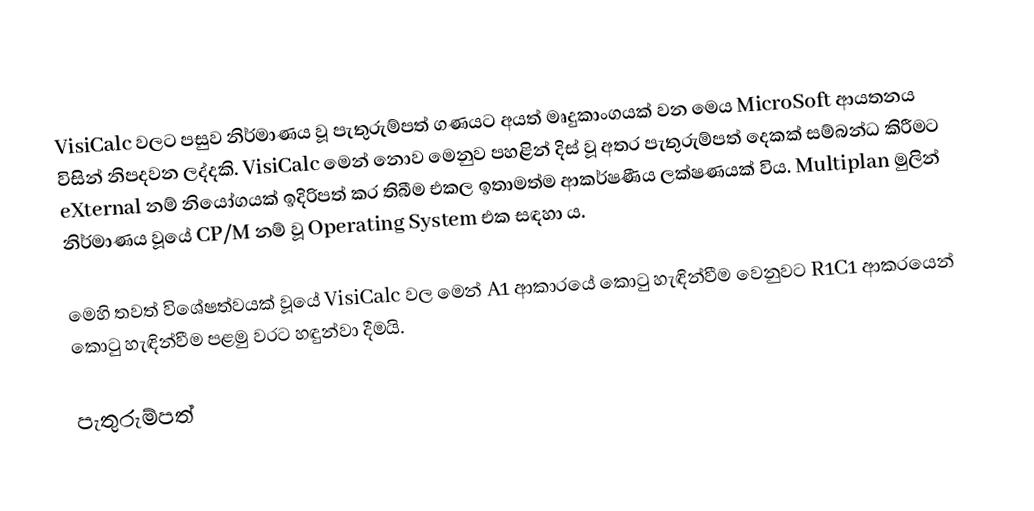
VisiCalc වලට පසුව නිර්මාණය වූ පැතුරුම්පත් ගණයට අයත් මෘදුකාංගයක් වන මෙය MicroSoft ආයතනය විසින් නිපදවන ලද්දකි. VisiCalc මෙන් නොව මෙනුව පහළින් දිස් වූ අතර පැතුරුම්පත් දෙකක් සම්බන්ධ කිරීමට eXternal නම් නියෝගයක් ඉදිරිපත් කර තිබීම එකල ඉතාමත්ම ආකර්ෂණීය ලක්ෂණයක් විය. Multiplan මුලින් නිර්මාණය වූයේ CP/M නම් වූ Operating System එක සඳහා ය.

මෙහි තවත් විශේෂත්වයක් වූයේ VisiCalc වල මෙන් A1 ආකාරයේ කොටු හැඳින්වීම වෙනුවට R1C1 ආකරයෙන් කොටු හැඳින්වීම පළමු වරට හඳුන්වා දීමයි.

පැතුරුම්පත්